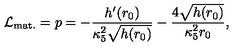
{ \cal L } _ { \mathrm { m a t . } } = p = - \frac { h ^ { \prime } ( r _ { 0 } ) } { \kappa _ { 5 } ^ { 2 } \sqrt { h ( r _ { 0 } ) } } - \frac { 4 \sqrt { h ( r _ { 0 } ) } } { \kappa _ { 5 } ^ { 2 } r _ { 0 } } ,